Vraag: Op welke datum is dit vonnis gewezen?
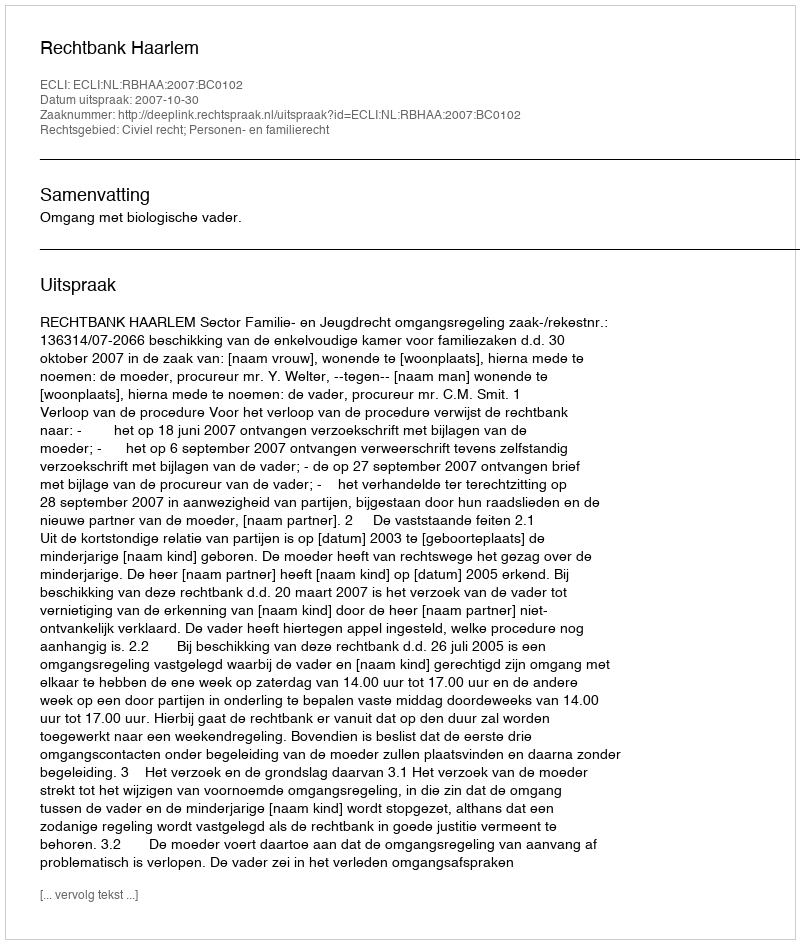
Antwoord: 2007-10-30